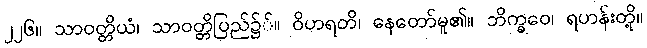
၂၂၆။ သာဝတ္တိယံ၊ သာဝတ္တိပြည်၌်။ ဝိဟရတိ၊ နေတော်မူ၏။ ဘိက္ခဝေ၊ ရဟန်းတို့။